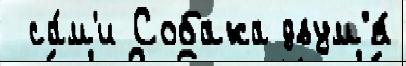
 са́м'и Собака двум'я́